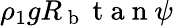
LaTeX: \rho_{1}gR_{\mathrm{~b~}}\mathrm{~t~a~n~}\psi